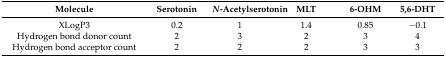
| Molecule | Serotonin | N-Acetylserotonin | MLT | 6-OHM | 5,6-DHT |
 | --- | --- | --- | --- | --- | --- |
 | XLogP3 | 0.2 | 1 | 1.4 | 0.85 | −0.1 |
 | Hydrogen bond donor count | 2 | 3 | 2 | 3 | 4 |
 | Hydrogen bond acceptor count | 2 | 2 | 2 | 3 | 3 |